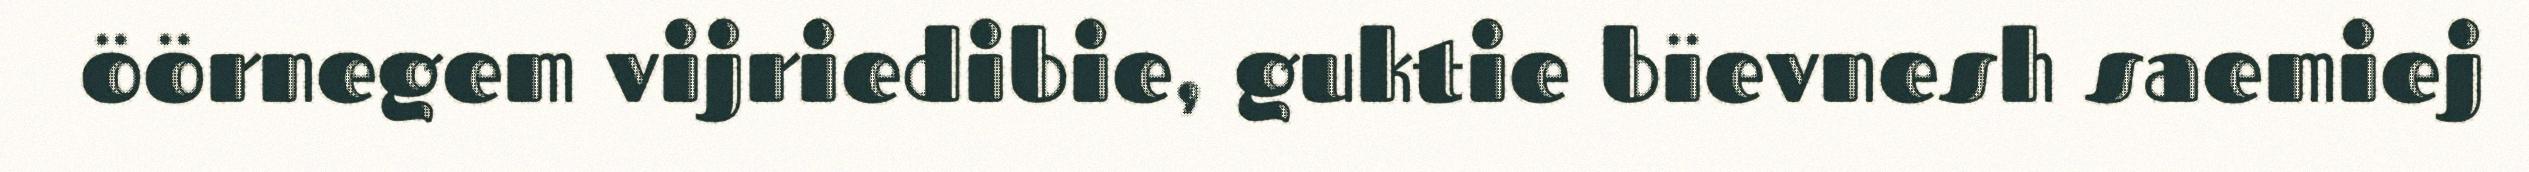
öörnegem vijriedibie, guktie bïevnesh saemiej